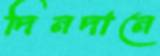
দিনদানে